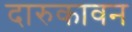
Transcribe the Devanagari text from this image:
दारुकावन